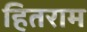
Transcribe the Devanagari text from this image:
हितराम